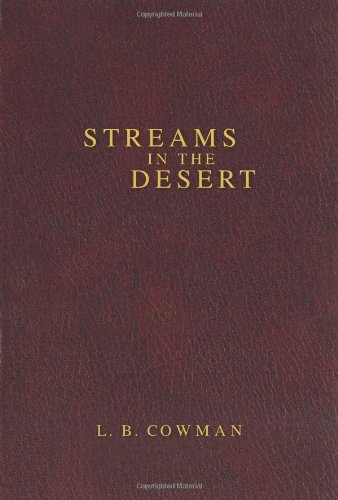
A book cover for Streams in the Desert; L. B. Cowman; Christian Books & Bibles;